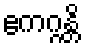
ဧကဂ္ဂန္တိ